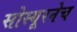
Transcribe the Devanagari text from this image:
सोस्यूरनेच